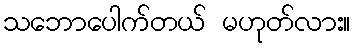
သဘောပေါက်တယ် မဟုတ်လား။